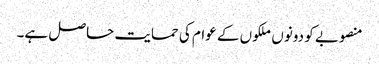
منصوبے کو دونوں ملکوں کے عوام کی حمایت حاصل ہے۔